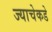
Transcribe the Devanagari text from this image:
ज्याचेकडे